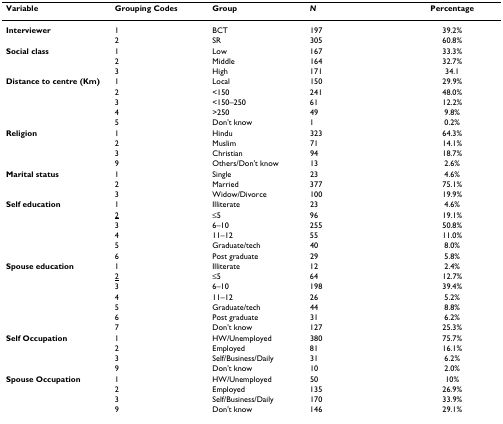
<table><thead><tr><td><b>Variable</b></td><td><b>Grouping Codes</b></td><td><b>Group</b></td><td><b><i>N</i></b></td><td><b>Percentage</b></td></tr></thead><tbody><tr><td><b>Interviewer</b></td><td>1</td><td>BCT</td><td>197</td><td>39.2%</td></tr><tr><td></td><td>2</td><td>SR</td><td>305</td><td>60.8%</td></tr><tr><td><b>Social class</b></td><td>1</td><td>Low</td><td>167</td><td>33.3%</td></tr><tr><td></td><td>2</td><td>Middle</td><td>164</td><td>32.7%</td></tr><tr><td></td><td>3</td><td>High</td><td>171</td><td>34.1</td></tr><tr><td><b>Distance to centre (Km)</b></td><td>1</td><td>Local</td><td>150</td><td>29.9%</td></tr><tr><td></td><td>2</td><td>&lt;150</td><td>241</td><td>48.0%</td></tr><tr><td></td><td>3</td><td>&lt;150–250</td><td>61</td><td>12.2%</td></tr><tr><td></td><td>4</td><td>&gt;250</td><td>49</td><td>9.8%</td></tr><tr><td></td><td>5</td><td>Don&#x27;t know</td><td>1</td><td>0.2%</td></tr><tr><td><b>Religion</b></td><td>1</td><td>Hindu</td><td>323</td><td>64.3%</td></tr><tr><td></td><td>2</td><td>Muslim</td><td>71</td><td>14.1%</td></tr><tr><td></td><td>3</td><td>Christian</td><td>94</td><td>18.7%</td></tr><tr><td></td><td>9</td><td>Others/Don&#x27;t know</td><td>13</td><td>2.6%</td></tr><tr><td><b>Marital status</b></td><td>1</td><td>Single</td><td>23</td><td>4.6%</td></tr><tr><td></td><td>2</td><td>Married</td><td>377</td><td>75.1%</td></tr><tr><td></td><td>3</td><td>Widow/Divorce</td><td>100</td><td>19.9%</td></tr><tr><td><b>Self education</b></td><td>1</td><td>Illiterate</td><td>23</td><td>4.6%</td></tr><tr><td></td><td><underline>2</underline></td><td>≤5</td><td>96</td><td>19.1%</td></tr><tr><td></td><td>3</td><td>6–10</td><td>255</td><td>50.8%</td></tr><tr><td></td><td>4</td><td>11–12</td><td>55</td><td>11.0%</td></tr><tr><td></td><td>5</td><td>Graduate/tech</td><td>40</td><td>8.0%</td></tr><tr><td></td><td>6</td><td>Post graduate</td><td>29</td><td>5.8%</td></tr><tr><td><b>Spouse education</b></td><td>1</td><td>Illiterate</td><td>12</td><td>2.4%</td></tr><tr><td></td><td><underline>2</underline></td><td>≤5</td><td>64</td><td>12.7%</td></tr><tr><td></td><td>3</td><td>6–10</td><td>198</td><td>39.4%</td></tr><tr><td></td><td>4</td><td>11–12</td><td>26</td><td>5.2%</td></tr><tr><td></td><td>5</td><td>Graduate/tech</td><td>44</td><td>8.8%</td></tr><tr><td></td><td>6</td><td>Post graduate</td><td>31</td><td>6.2%</td></tr><tr><td></td><td>7</td><td>Don&#x27;t know</td><td>127</td><td>25.3%</td></tr><tr><td><b>Self Occupation</b></td><td>1</td><td>HW/Unemployed</td><td>380</td><td>75.7%</td></tr><tr><td></td><td>2</td><td>Employed</td><td>81</td><td>16.1%</td></tr><tr><td></td><td>3</td><td>Self/Business/Daily</td><td>31</td><td>6.2%</td></tr><tr><td></td><td>9</td><td>Don&#x27;t know</td><td>10</td><td>2.0%</td></tr><tr><td><b>Spouse Occupation</b></td><td>1</td><td>HW/Unemployed</td><td>50</td><td>10%</td></tr><tr><td></td><td>2</td><td>Employed</td><td>135</td><td>26.9%</td></tr><tr><td></td><td>3</td><td>Self/Business/Daily</td><td>170</td><td>33.9%</td></tr><tr><td></td><td>9</td><td>Don&#x27;t know</td><td>146</td><td>29.1%</td></tr></tbody></table>